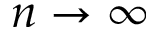
n \to \infty